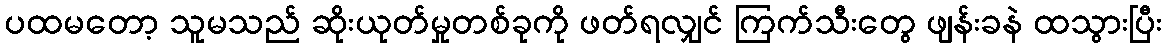
ပထမတော့ သူမသည် ဆိုးယုတ်မှုတစ်ခုကို ဖတ်ရလျှင် ကြက်သီးတွေ ဖျန်းခနဲ ထသွားပြီး